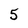
Character: 5